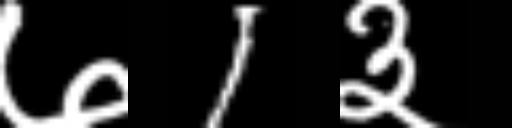
Text: ७1३